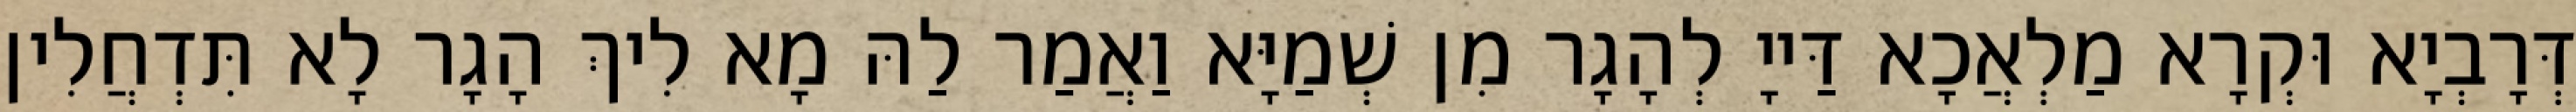
דְּרָבְיָא וּקְרָא מַלְאֲכָא דַּייָ לְהָגָר מִן שְׁמַיָּא וַאֲמַר לַהּ מָא לִיךְ הָגָר לָא תִּדְחֲלִין